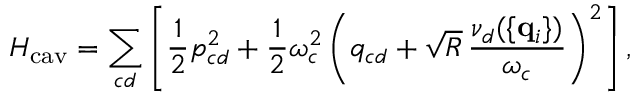
H _ { \mathrm { c a v } } = \sum _ { c d } \left[ { \frac { 1 } { 2 } } { p } _ { c d } ^ { 2 } + { \frac { 1 } { 2 } } \omega _ { c } ^ { 2 } \left( { q } _ { c d } + \sqrt { R } \, { \frac { \nu _ { d } ( \{ { \bf q } _ { i } \} ) } { \omega _ { c } } } \right) ^ { 2 } \right] ,